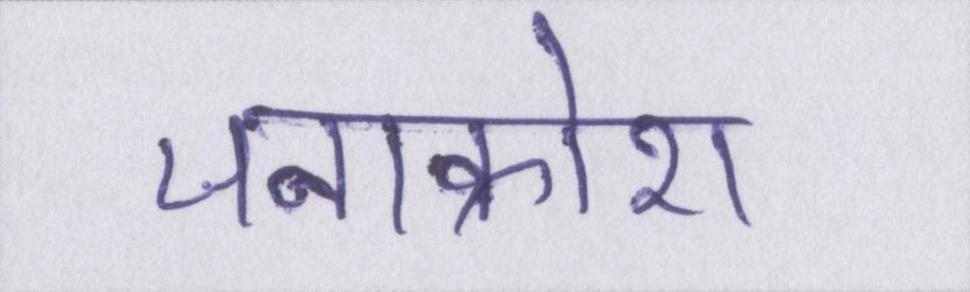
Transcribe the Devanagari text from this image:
जनाक्रोश